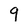
Character: 9